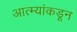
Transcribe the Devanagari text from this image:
आत्म्यांकडून